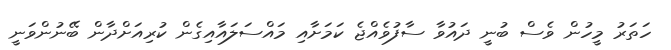
ހަތަރު މީހުން ވެސް ބުނީ ދައުވާ ސާފުވެއްޖެ ކަމަށާއި މައްސަލައާއިގެން ކުރިއަށްދާން ބޭނުންވަނީ